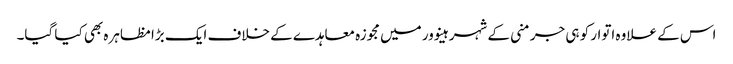
اس کے علاوہ اتوار کو ہی جرمنی کے شہر ہینوور میں مجوزہ معاہدے کے خلاف ایک بڑا مظاہرہ بھی کیا گیا۔